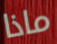
ماذا